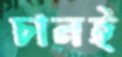
চালই